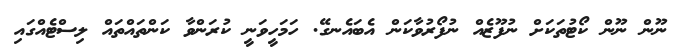
ނޫން ނޫން ކޯޓުތަކަށް ނުފޫޒެއް ނުފޯރުވާކަން އެބައެނގޭ. ހަމަހީވަނީ ކުރަންވާ ކަންތައްތައް ލިސްޓެއްގައި